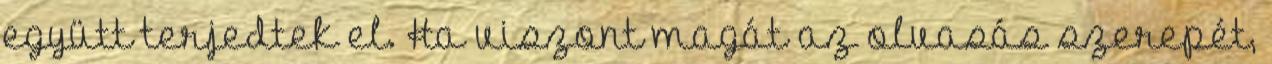
együtt terjedtek el. Ha viszont magát az olvasás szerepét,